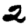
Digit: 2